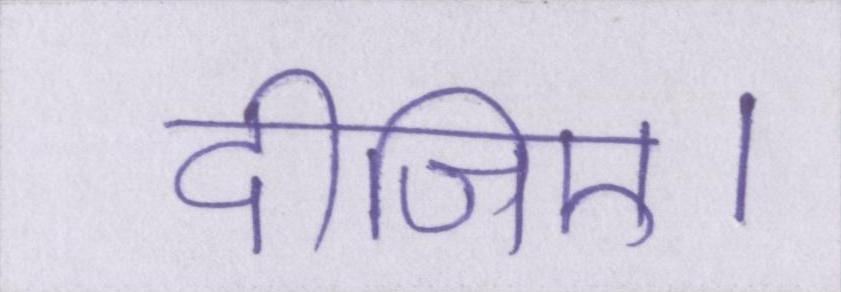
दीजिए।